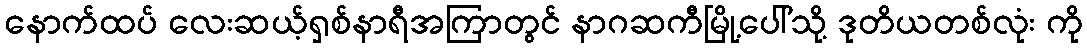
နောက်ထပ် လေးဆယ့်ရှစ်နာရီအကြာတွင် နာဂဆကီမြို့ပေါ်သို့ ဒုတိယတစ်လုံး ကို